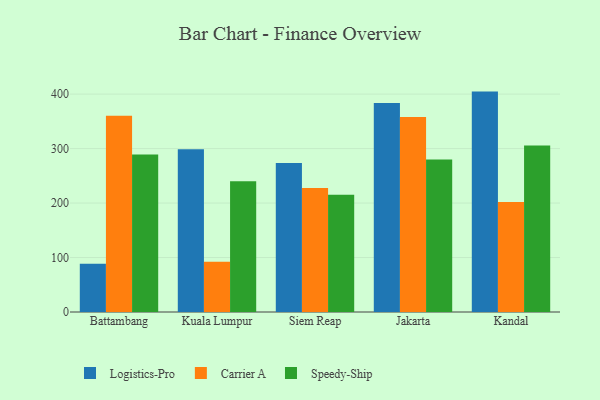
{"axis": {"x": "City", "y": "Satisfaction Score"}, "legend": ["Carrier A", "Logistics-Pro", "Speedy-Ship"], "data": [{"x": "Battambang", "y": 88.6, "type": "Logistics-Pro"}, {"x": "Battambang", "y": 360.4, "type": "Carrier A"}, {"x": "Battambang", "y": 289.3, "type": "Speedy-Ship"}, {"x": "Kuala Lumpur", "y": 298.7, "type": "Logistics-Pro"}, {"x": "Kuala Lumpur", "y": 92.3, "type": "Carrier A"}, {"x": "Kuala Lumpur", "y": 239.9, "type": "Speedy-Ship"}, {"x": "Siem Reap", "y": 273.4, "type": "Logistics-Pro"}, {"x": "Siem Reap", "y": 227.8, "type": "Carrier A"}, {"x": "Siem Reap", "y": 215.1, "type": "Speedy-Ship"}, {"x": "Jakarta", "y": 383.8, "type": "Logistics-Pro"}, {"x": "Jakarta", "y": 358.1, "type": "Carrier A"}, {"x": "Jakarta", "y": 280.1, "type": "Speedy-Ship"}, {"x": "Kandal", "y": 404.6, "type": "Logistics-Pro"}, {"x": "Kandal", "y": 202.0, "type": "Carrier A"}, {"x": "Kandal", "y": 305.5, "type": "Speedy-Ship"}]}